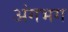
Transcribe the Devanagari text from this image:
अंगभग